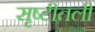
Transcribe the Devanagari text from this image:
सृष्टीतली